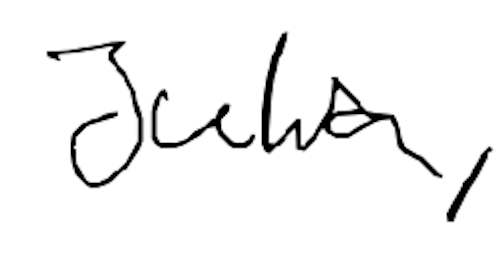
Text: Julia,
Cross-out: clean
Writing tool: digital_black